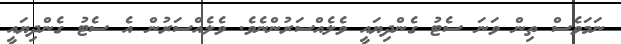
ނަމަވެސް ތިން ވަނަ ސެޓު ގެންދިޔައީ ވެލެއްސަރުންނެވެ. ވެލެއްސަރުން އެ ސެޓު ގެންދިޔައީ